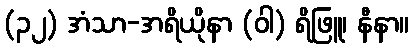
(၃၂) အံသာ-အရိယိုနာ (ဝါ) ရိဖြူ၊ နီနာ။